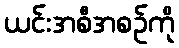
ယင်းအစီအစဉ်ကို